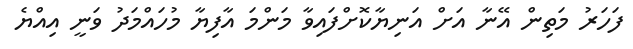
ފަހަރު މަތިން އޭނާ އަށް އަނިޔާކޮށްފައިވާ މަންމަ އާފިޔާ މުހައްމަދު ވަނީ އިއްޔެ